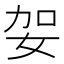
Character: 妿